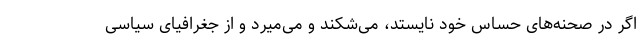
اگر در صحنه‌های حساس خود نایستد، می‌شکند و می‌میرد و از جغرافیای سیاسی